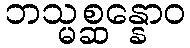
ဘသ္မစ္ဆန္နောဝ